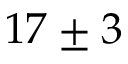
1 7 \pm 3